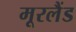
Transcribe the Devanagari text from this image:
मूरलैंड